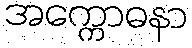
အက္ကောဓနာ